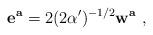
LaTeX: \begin{align*}{\bf e^a} = 2(2\alpha^\prime)^{-1/2}{\bf w^a}\ ,\end{align*}